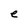
Character: e